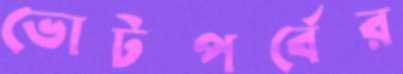
ভোটপর্বের